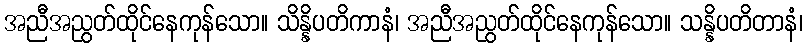
အညီအညွတ်ထိုင်နေကုန်သော။ သိန္နိပတိကာနံ၊ အညီအညွတ်ထိုင်နေကုန်သော။ သန္နိပတိတာနံ၊